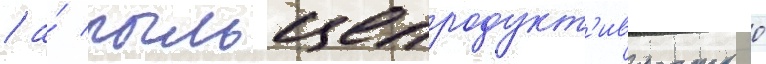
/ а́ пыльцепродукт'ивность 0